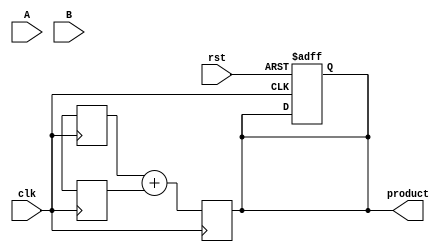
module pipelined_wallace_tree_multiplier #(parameter N = 8) (
    input clk,
    input rst,
    input [N-1:0] A,
    input [N-1:0] B,
    output reg [2*N-1:0] product
);

    // Intermediate signals
    reg [N-1:0] pp [0:N-1]; // Partial products
    reg [2*N-1:0] sum_stage1 [0:N/3-1]; // First stage sums
    reg [2*N-1:0] carry_stage1 [0:N/3-1]; // First stage carries
    reg [2*N-1:0] sum_stage2 [0:N/6-1]; // Second stage sums
    reg [2*N-1:0] carry_stage2 [0:N/6-1]; // Second stage carries
    reg [2*N-1:0] final_sum, final_carry;

    // Generate partial products
    integer i, j;
    always @(posedge clk or posedge rst) begin
        if (rst) begin
            for (i = 0; i < N; i = i + 1) begin
                pp[i] <= 0;
            end
            product <= 0;
        end else begin
            for (i = 0; i < N; i = i + 1) begin
                pp[i] <= A & {N{B[i]}};
            end
        end
    end

    // Wallace tree reduction stage 1
    always @(posedge clk) begin
        for (i = 0; i < N/3; i = i + 1) begin
            {carry_stage1[i], sum_stage1[i]} <= pp[3*i] + pp[3*i+1] + pp[3*i+2];
        end
    end

    // Wallace tree reduction stage 2
    always @(posedge clk) begin
        for (i = 0; i < (N/3 + 1)/3; i = i + 1) begin
            {carry_stage2[i], sum_stage2[i]} <= sum_stage1[3*i] + sum_stage1[3*i+1] + carry_stage1[3*i];
        end
    end

    // Final addition
    always @(posedge clk) begin
        {final_carry, final_sum} <= sum_stage2[0] + sum_stage2[1] + carry_stage2[0];
    end

    // Output stage
    always @(posedge clk) begin
        product <= final_sum + final_carry;
    end

endmodule